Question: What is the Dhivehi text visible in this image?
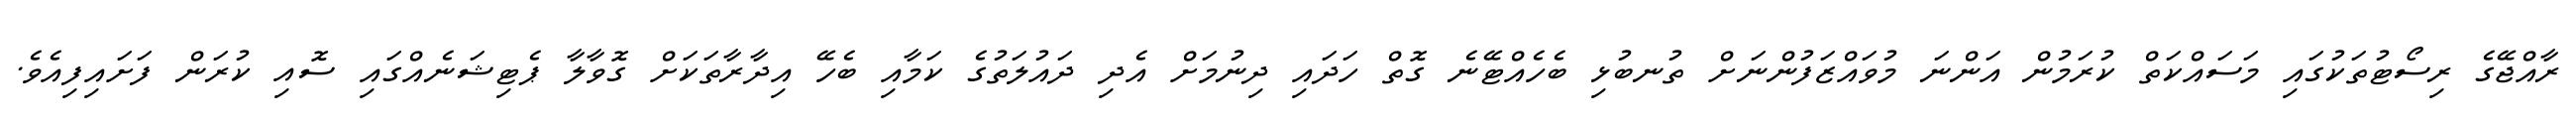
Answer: ރާއްޖޭގެ ރިސޯޓުތަކުގައި މަސައްކަތް ކުރަމުން އަންނަ މުވައްޒަފުންނަށް ތުނބުޅި ބެހެއްޓޭނެ ގޮތް ހަދައި ދިނުމަށް އެދި ދައުލަތުގެ ކަމާއި ބެހޭ އިދާރާތަކަށް ގޮވާލާ ޕެޓިޝަނެއްގައި ސޮއި ކުރަން ފަށައިފިއެވެ.